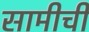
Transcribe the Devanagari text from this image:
सामीची